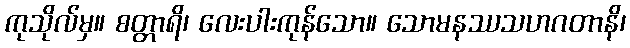
ကုသိုလ်မှ။ စတ္တာရိ၊ လေးပါးကုန်သော။ သောမနဿသဟဂတာနိ၊